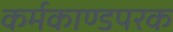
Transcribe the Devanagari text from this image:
कर्मकाण्डपरक